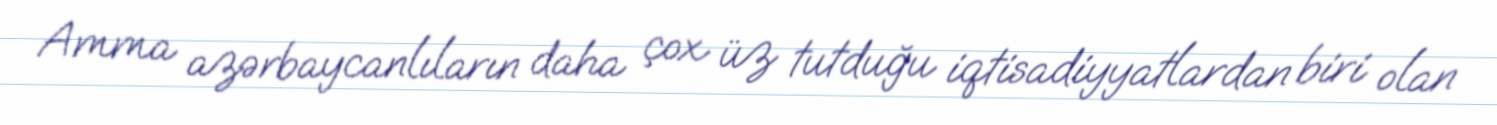
Amma azərbaycanlıların daha çox üz tutduğu iqtisadiyyatlardan biri olan